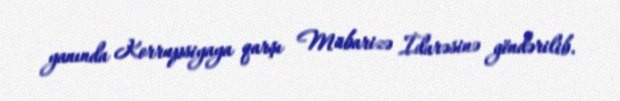
yanında Korrupsiyaya qarşı Mübarizə İdarəsinə göndərilib.